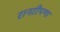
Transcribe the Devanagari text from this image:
रानटीपणा